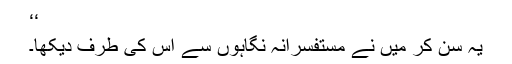
‘‘
یہ سُن کر میں نے مستفسرانہ نگاہوں سے اس کی طرف دیکھا۔